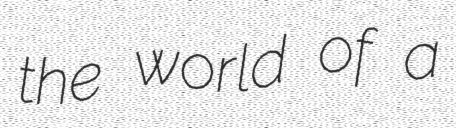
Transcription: the world of a